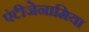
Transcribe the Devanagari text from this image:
एंटीजेनामिया